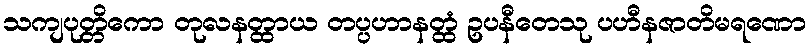
သကျပုတ္တိကော တုလနတ္ထာယ တပ္ပဟာနတ္ထံ ဥပနီတေသု ပဟီနဇာတိမရဏော